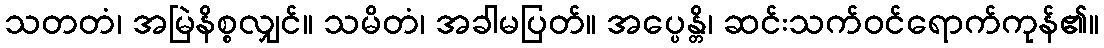
သတတံ၊ အမြဲနိစ္စလျှင်။ သမိတံ၊ အခါမပြတ်။ အပ္ပေန္တိ၊ ဆင်းသက်ဝင်ရောက်ကုန်၏။